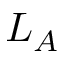
L _ { A }